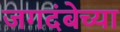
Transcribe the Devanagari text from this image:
जगदंबेच्या